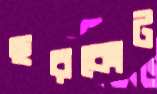
ছরকোট